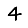
Digit: 4